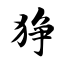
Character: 狰